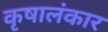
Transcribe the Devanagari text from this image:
कृषालंकार